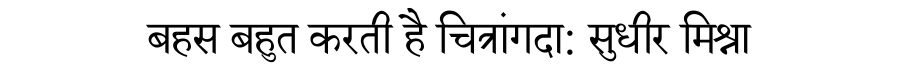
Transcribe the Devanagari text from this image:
बहस बहुत करती है चित्रांगदा: सुधीर मिश्रा